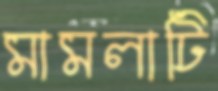
মামলাটি